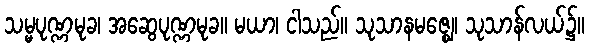
သမ္မပုဏ္ဏမုခ၊ အဆွေပုဏ္ဏမုခ။ မယာ၊ ငါသည်။ သုသာနမဇ္ဈေ၊ သုသာန်လယ်၌။